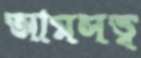
আমসত্ত্ব